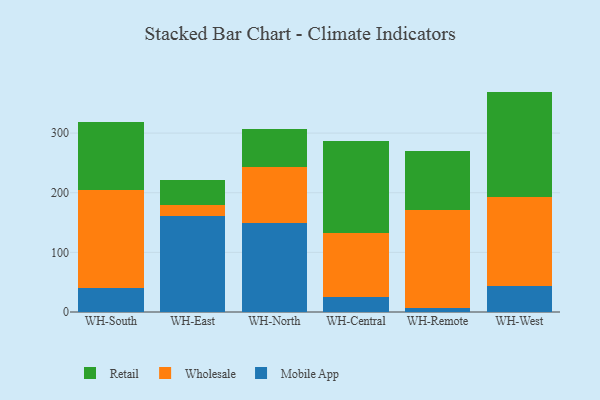
{"axis": {"x": "Warehouse", "y": "LTV (USD)"}, "legend": ["Mobile App", "Retail", "Wholesale"], "data": [{"x": "WH-South", "y": 39.7, "type": "Mobile App"}, {"x": "WH-South", "y": 164.4, "type": "Wholesale"}, {"x": "WH-South", "y": 113.7, "type": "Retail"}, {"x": "WH-East", "y": 160.8, "type": "Mobile App"}, {"x": "WH-East", "y": 19.3, "type": "Wholesale"}, {"x": "WH-East", "y": 41.6, "type": "Retail"}, {"x": "WH-North", "y": 149.3, "type": "Mobile App"}, {"x": "WH-North", "y": 93.8, "type": "Wholesale"}, {"x": "WH-North", "y": 63.7, "type": "Retail"}, {"x": "WH-Central", "y": 25.8, "type": "Mobile App"}, {"x": "WH-Central", "y": 106.8, "type": "Wholesale"}, {"x": "WH-Central", "y": 154.2, "type": "Retail"}, {"x": "WH-Remote", "y": 6.9, "type": "Mobile App"}, {"x": "WH-Remote", "y": 164.4, "type": "Wholesale"}, {"x": "WH-Remote", "y": 99.1, "type": "Retail"}, {"x": "WH-West", "y": 43.8, "type": "Mobile App"}, {"x": "WH-West", "y": 149.8, "type": "Wholesale"}, {"x": "WH-West", "y": 176.0, "type": "Retail"}]}